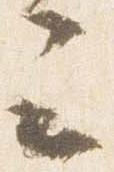
云